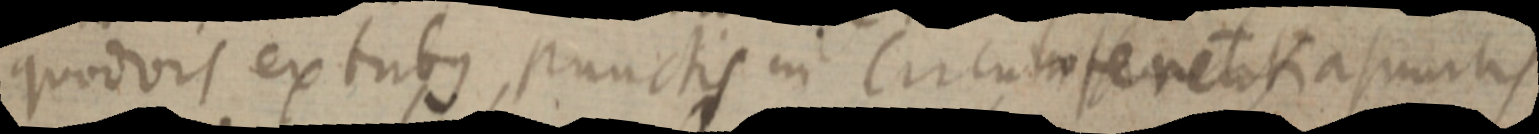
quodvis extubus punctis in Circumferentia asumtis